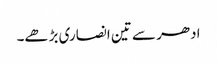
ادھر سے تین انصاری بڑھے۔